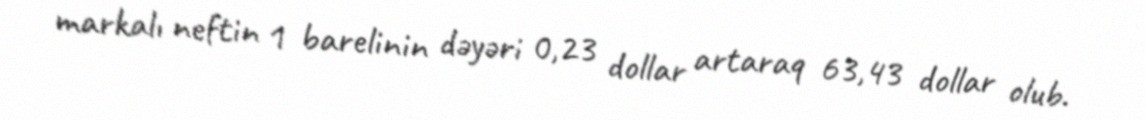
markalı neftin 1 barelinin dəyəri 0,23 dollar artaraq 63,43 dollar olub.